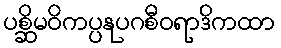
ပစ္ဆိမဝိကပ္ပနုပဂစီဝရာဒိကထာ